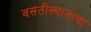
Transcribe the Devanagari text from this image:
वसतीस्थानाचा